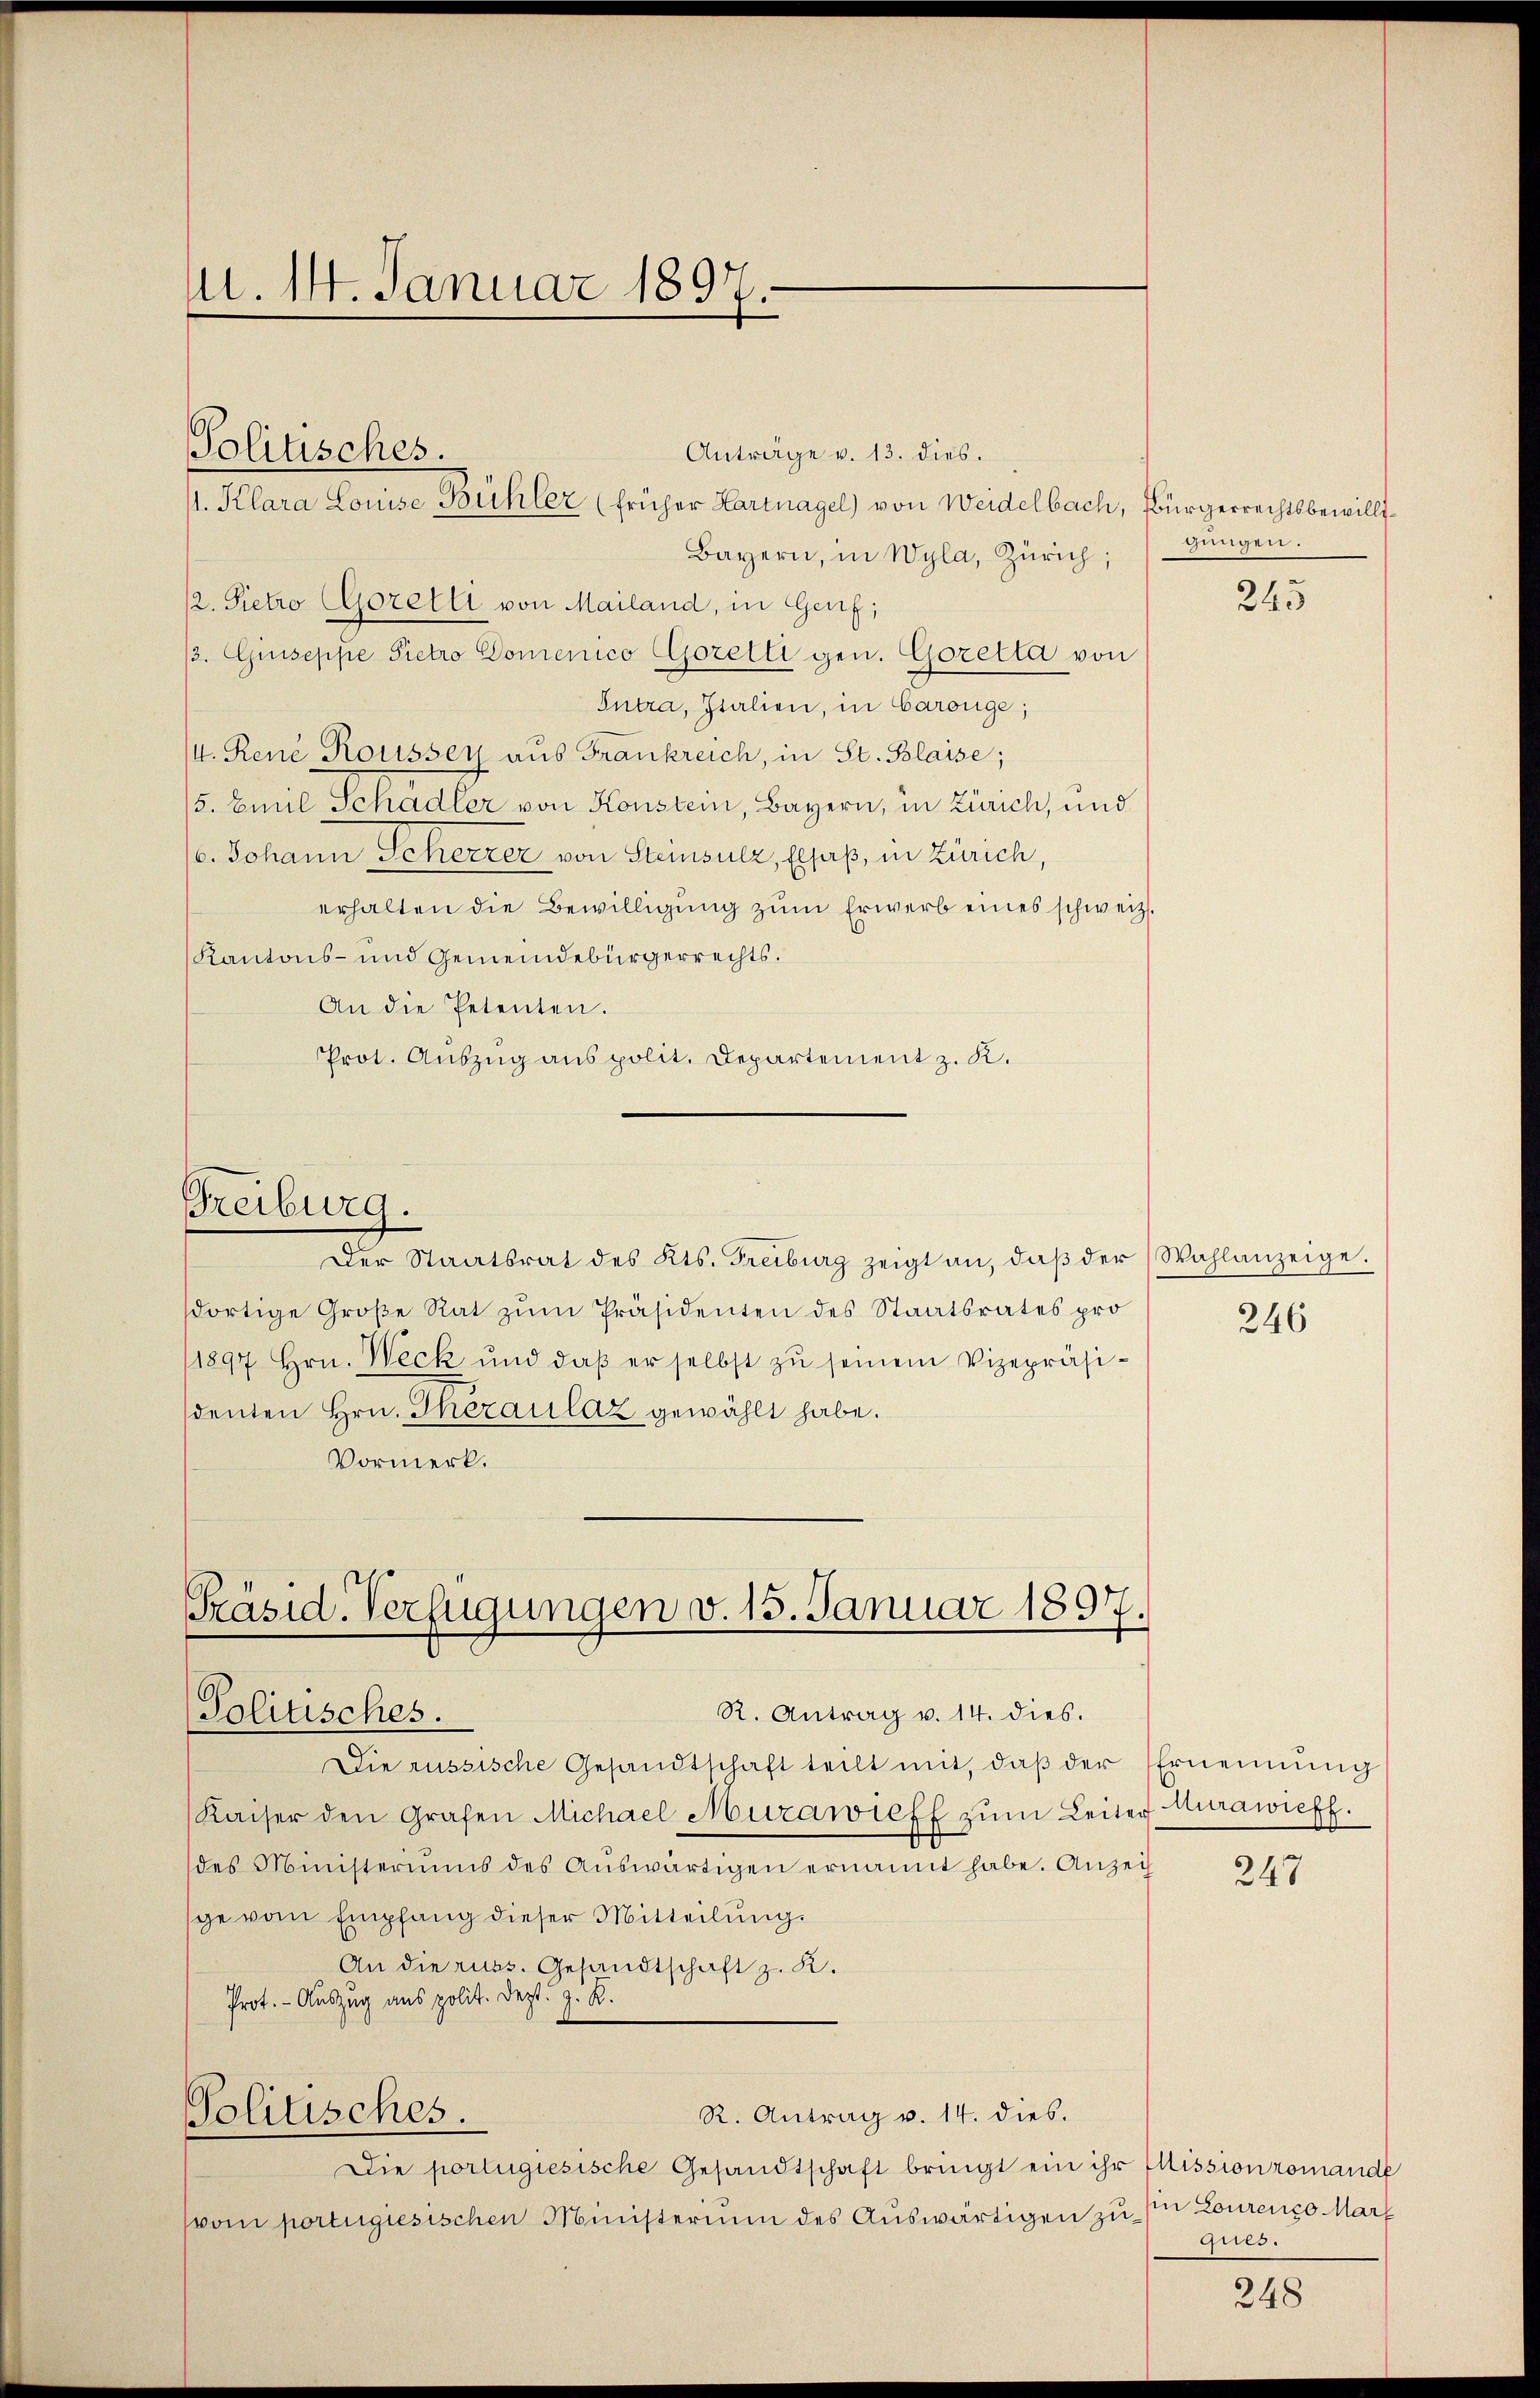
M. 14. Januar 1897.

Politisches.

Präsid.-Verfügungen v. 15. Januar 1897.
R. Antrag v. 14. dies.
Politisches.

Die russische Gesandtschaft teilt mit, daβ der Ernennung
Kaiser den Grafen Michael Murawieff zŭm Leiter Murawieff.
des Ministeriums des Aŭswärtigen ernannt habe. Anzei
ge vom Empfang dieser Mitteilung.
An die russ. Gesandtschaft z. K.
Prot. - Auszug aus polit. Dezt. J. R.
R. Antrag v. 14. dies.
Politisches.
Die portugiesische Gesandtschaft bringt ein ihr Mission romande
svoi portugiesischen Ministerium des Auswärtigen zu in Lourenzo Mar

Anträge v. 13. dies.
11. Klara Louise Bühler (früher Hartnagel) von Weidelbach, Bürgerrechtsbewilli¬
Bayern, in Wyla, Zürich;
/2. Pietro (Gorelli von Mailand, in Genf;
/3. Giuseppe Pietro Domenico Gorelli gen. Goretta von
Intra, Italien, in Carouge;
/4. René Rousser aus Frankreich, in St. Blaise;
/5. Emil Schadler von Konstein, Bayern, in Zürich, und
/6. Johann Scherzer von Steinsulz, Elsaß, in Zürich,
erhalten die Bewilligung zŭm Erwerb eines schweiz.
Kantons- und Gemeindebürgerrechts.
An die Petenten.
Prot. Auszug aus polit. Departement z. K.
Freiburg.
Der Staatsrat des Kts. Freiburg zeigt an, daβ der Wahlanzeige.
dortige Große Rat zŭm Präsidenten des Staatsrates pro
1897 hrn. Weck und daβ er selbst zŭ seinem Vizepräsi-
denten Hrn. Theraulaz gewählt habe.
Vormerk.

gungen.

245

246

247

ques.

248